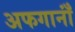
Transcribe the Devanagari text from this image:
अफगानाँं